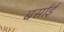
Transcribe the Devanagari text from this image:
बर्साई